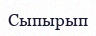
Сыпырып